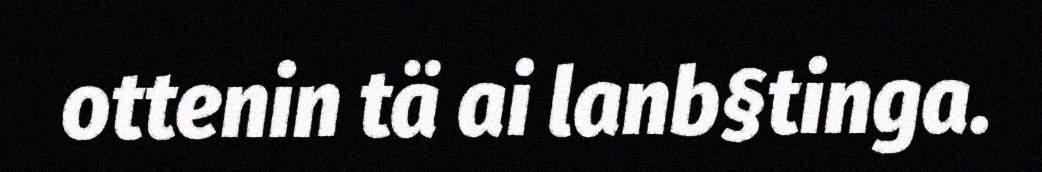
ottenin tä ai lanb§tinga.